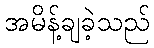
အမိန့်ချခဲ့သည်